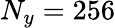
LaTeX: N_{y}=256